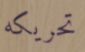
تحريكه